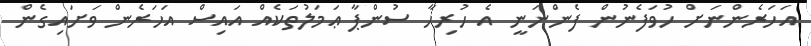
އަހަރެންނަށް ހުވަފެނުން ފެންނަނީ އެ ހުރިހާ ސުންޕާ ޢަމަލުތަކެއް އައިސް އަހަރެން ވަށައިގެން